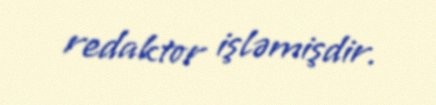
redaktor işləmişdir.